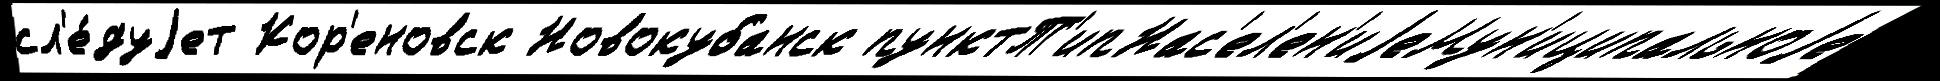
сл'е́дуjет Кор'еновск Новокубанск пунктТ'ипНас'ел'ен'иjеМун'иципальноjе